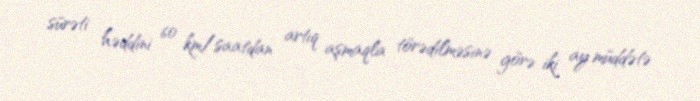
sürəti həddini 60 km/saatdan artıq aşmaqla törədilməsinə görə iki ay müddətə